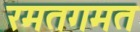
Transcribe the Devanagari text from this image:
रमतगमत